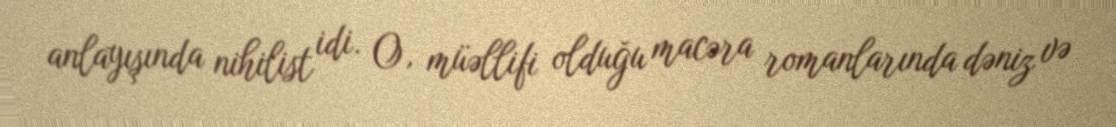
anlayışında nihilist idi. O, müəllifi olduğu macəra romanlarında dəniz və